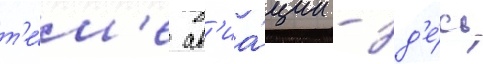
т'е́м'е ав'иа́ции - зд'е́сь